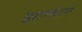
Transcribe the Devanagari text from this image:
झालेल